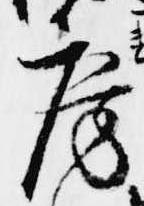
房